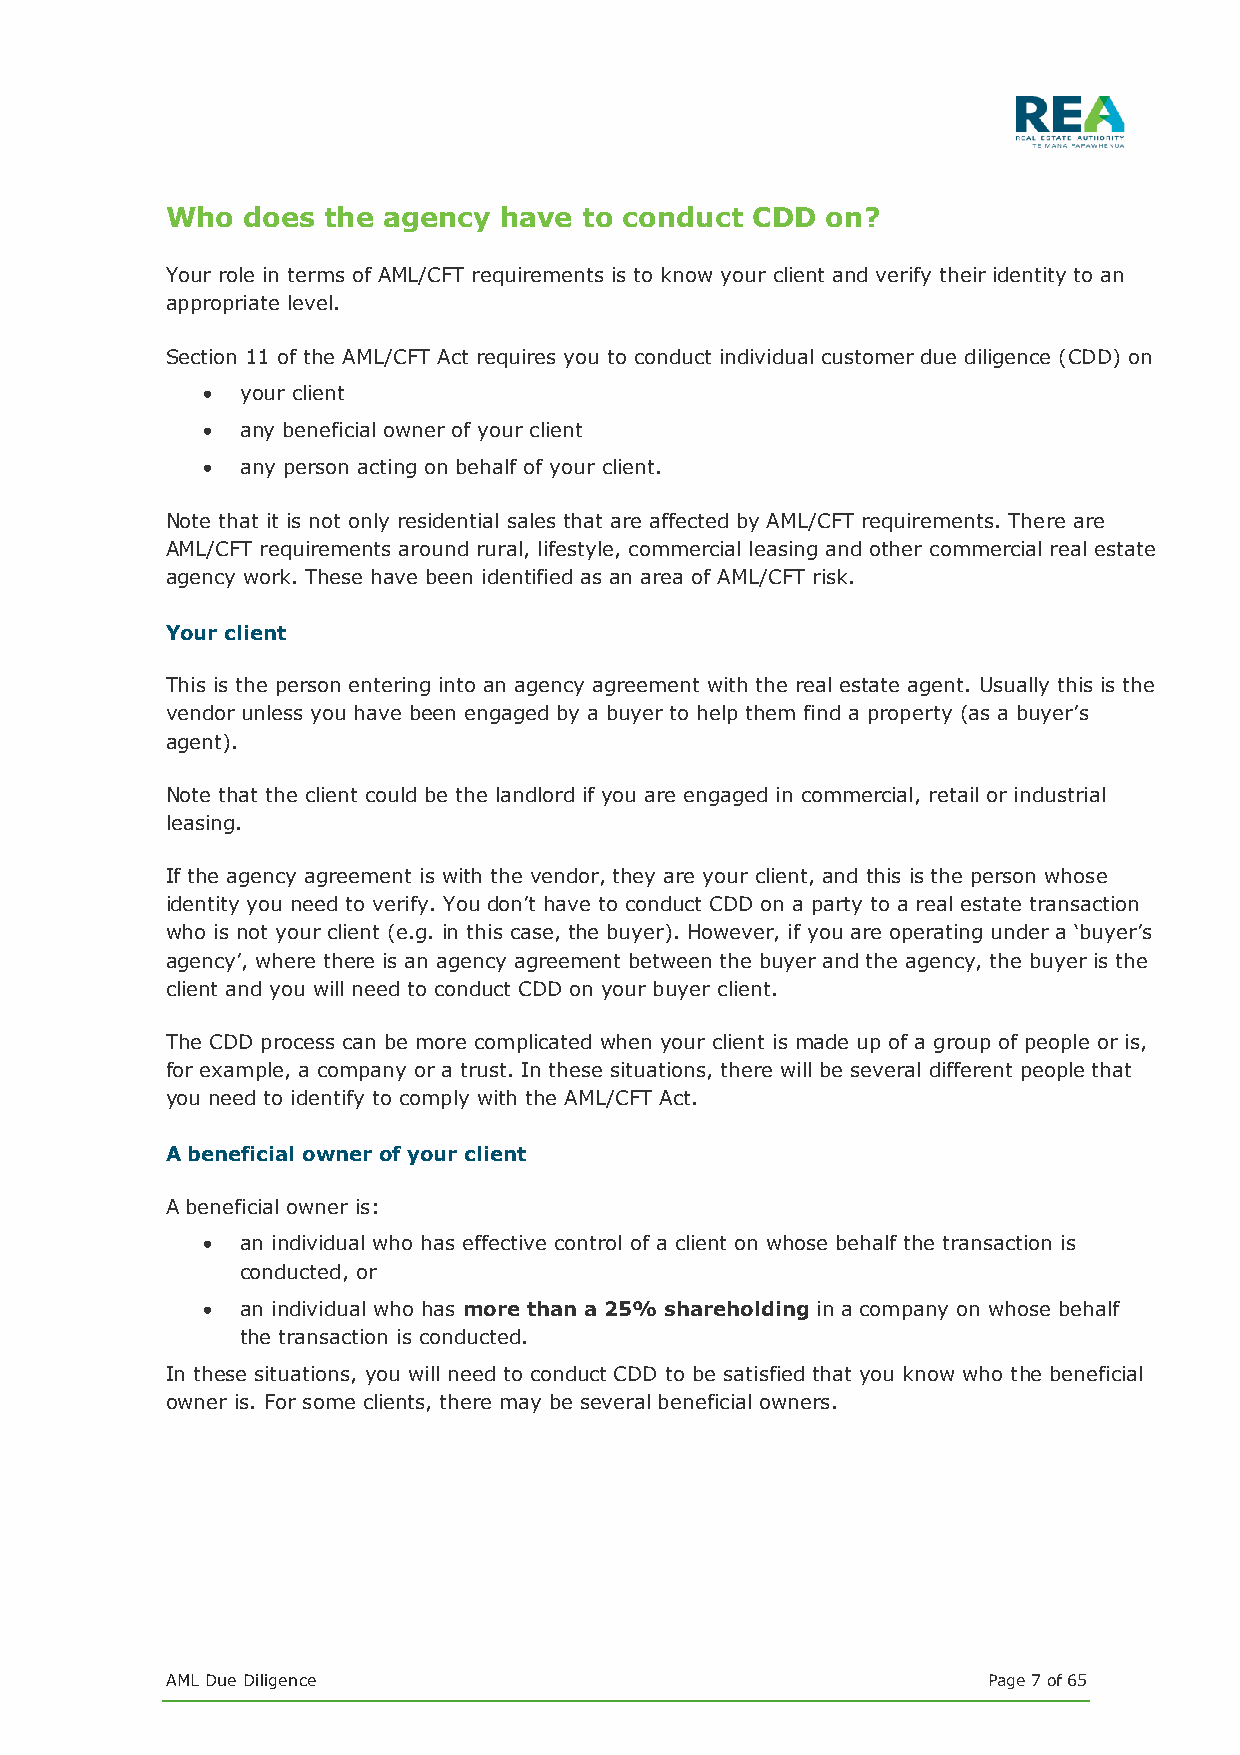
Who  does the agency  have  to conduct CDD  on?
 Your role in terms of AML/CFT requirements is to know your client and verify their identity to an
 appropriate level.
 Section 11 of the AML/CFT Act requires you to conduct individual customer due diligence (CDD) on
 •  your client
 •  any beneficial owner of your client
 •  any person acting on behalf of your client.
 Note that it is not only residential sales that are affected by AML/CFT requirements. There are
 AML/CFT requirements around rural, lifestyle, commercial leasing and other commercial real estate
 agency work. These have been identified as an area of AML/CFT risk.
 Your client
 This is the person entering into an agency agreement with the real estate agent. Usually this is the
 vendor unless you have been engaged by a buyer to help them find a property (as a buyer’s
 agent).
 Note that the client could be the landlord if you are engaged in commercial, retail or industrial
 leasing.
 If the agency agreement is with the vendor, they are your client, and this is the person whose
 identity you need to verify. You don’t have to conduct CDD on a party to a real estate transaction
 who is not your client (e.g. in this case, the buyer). However, if you are operating under a ‘buyer’s
 agency’, where there is an agency agreement between the buyer and the agency, the buyer is the
 client and you will need to conduct CDD on your buyer client.
 The CDD process can be more complicated when your client is made up of a group of people or is,
 for example, a company or a trust. In these situations, there will be several different people that
 you need to identify to comply with the AML/CFT Act.
 A beneficial owner of your client
 A beneficial owner is:
 •  an individual who has effective control of a client on whose behalf the transaction is
 conducted, or
 •  an individual who has more than a 25% shareholding in a company on whose behalf
 the transaction is conducted.
 In these situations, you will need to conduct CDD to be satisfied that you know who the beneficial
 owner is. For some clients, there may be several beneficial owners.
 AML Due Diligence                                     Page 7 of 65